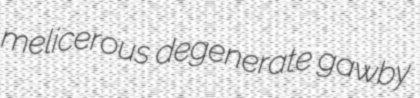
melicerous degenerate gawby